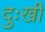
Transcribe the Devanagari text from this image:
दुःखीं